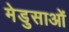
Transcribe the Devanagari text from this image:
मेडुसाओं